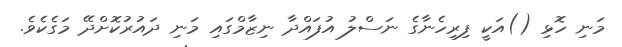
މަނި ހޮޅި ()އަކީ ފިރިހެނާގެ ނަސްލު އުފައްދާ ނިޒާމްގައި މަނި ދައުރުކޮށްދޭ މަގެކެވެ.